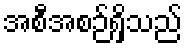
အစီအစဉ်ရှိသည်